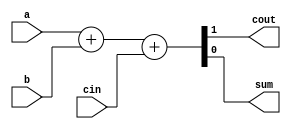
// This program was cloned from: https://github.com/milind7777/VerilogDocGen
// License: MIT License

module fadd (
  input a,
  input b,
  input cin,
  output cout,
  output sum

);

  assign {cout, sum} = a+b+cin;

endmodule